Note on the mental hospitals in Burma - 1925-1940
Year: 1925
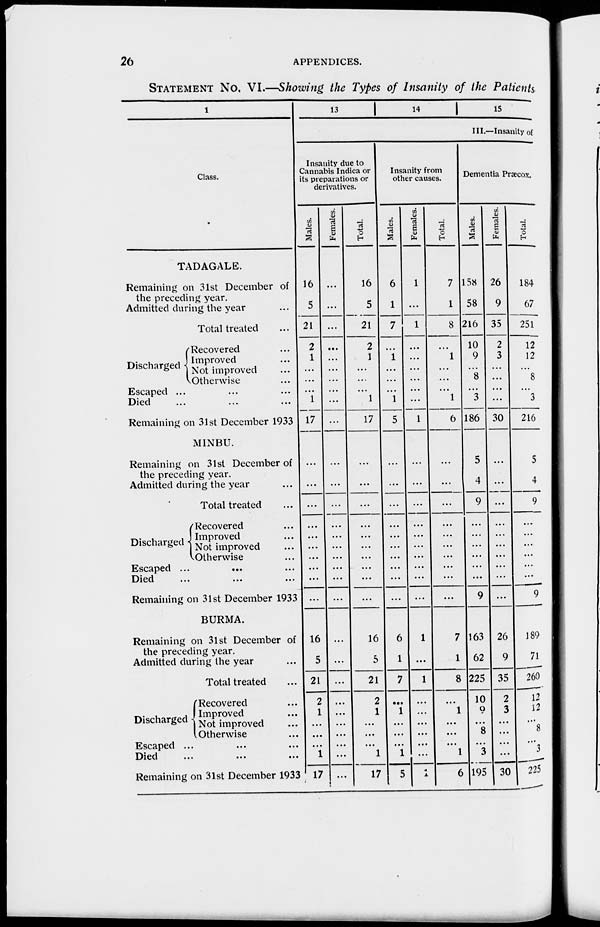
26
APPENDICES.
STATEMENT No. VI.—Showing the Types of Insanity of the Patients
1
Class.
TADAGALE.
Remaining on 31st December of
the preceding year.
Admitted during the year ...
Total treated
Discharged
Recovered ...
Improved ...
Not improved ...
Otherwise ...
Escaped ... ... ...
Died ... ... ...
Remaining on 31st December 1933
MINBU.
Remaining on 31st December of
the preceding year.
Admitted during the year ...
Total treated ...
Discharged
Recovered ...
Improved ...
Not improved ...
Otherwise
Escaped ...
... ...
Died ... ... ...
Remaining on 31st December 1933
BURMA.
Remaining on 31st December of
the preceding year.
Admitted during the year
Total treated ...
Discharged
Recovered ...
Improved ...
Not improved ...
Otherwise ...
Escaped ... ... ...
Died
...
...
...
Remaining on 31st December 1933
13
14 15
III.—Insanity of
Insanity due to
Cannabis Indica or
its preparations or
derivatives.
Males.
16
5
21
2
1
...
...
...
1
17
...
...
...
...
...
...
...
...
...
...
16
5
21
2
1
...
...
...
1
17
Females.
...
...
...
...
...
...
...
...
...
...
...
...
...
...
...
...
...
...
...
...
...
...
...
...
...
...
...
...
...
...
Total.
16
5
21
2
1
...
...
...
1
17
...
...
...
...
...
...
...
...
...
...
16
5
21
2
1
...
...
...
1
17
Insanity from
other causes.
Males.
6
1
7
...
1
...
...
...
1
5
...
...
...
...
...
...
...
...
...
...
6
1
7
...
1
...
...
...
1
5
Females.
1
...
1
...
...
...
...
...
...
1
...
...
...
...
...
...
...
...
...
...
1
...
1
...
...
...
...
...
...
4
Total.
7
1
8
...
1
...
...
...
1
6
...
...
...
...
...
...
...
...
...
...
7
1
8
...
1
...
...
...
1
6
Dementia Præcox.
Males.
158
58
216
10
9
...
8
...
3
186
5
4
9
...
...
...
...
...
...
9
163
62
225
10
9
...
8
...
3
195
Females.
26
9
35
2
3
...
...
...
...
30
...
...
...
...
...
...
...
...
...
...
26
9
35
2
3
...
...
...
...
30
Total.
184
67
251
12
12
...
8
...
3
216
5
4
9
...
...
...
...
...
...
9
189
71
260
12
12
...
8
...
3
225